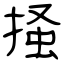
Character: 掻